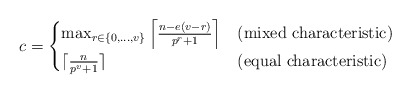
\begin{align*} c = \begin{cases} \max_ {r \in \{0,\dots, v\}} \left\lceil \frac{ n - e (v-r)}{ p^r+1 }\right \rceil & \textrm{(mixed characteristic)} \\ \lceil \frac{n}{p^v+1} \rceil & \textrm{(equal characteristic)} \end{cases} \end{align*}